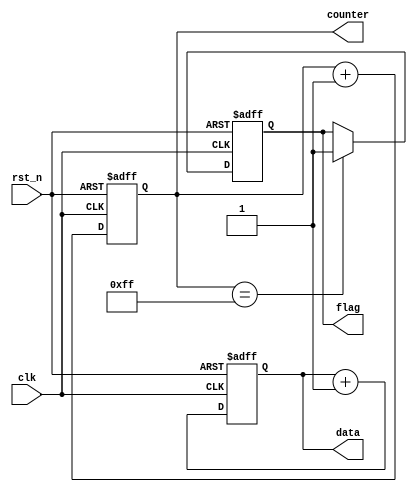
module default_state_initialization (
    input wire clk,          // Clock signal
    input wire rst_n,       // Active-low reset signal
    output reg [7:0] counter, // 8-bit counter
    output reg flag,        // Status flag
    output reg [15:0] data  // 16-bit data output
);

    // Default state initialization
    initial begin
        counter = 8'b0;      // Initialize counter to zero
        flag = 1'b0;         // Set flag to inactive state (false)
        data = 16'b0;        // Initialize data output to zero
    end

    // Synchronous reset and state update
    always @(posedge clk or negedge rst_n) begin
        if (!rst_n) begin
            // Reset state variables to default values
            counter <= 8'b0;  // Reset counter
            flag <= 1'b0;     // Reset flag
            data <= 16'b0;    // Reset data output
        end else begin
            // State update logic (example)
            counter <= counter + 1; // Increment counter
            flag <= (counter == 8'd255) ? 1'b1 : flag; // Set flag when counter reaches 255
            data <= data + 16'd1; // Increment data output
        end
    end

endmodule